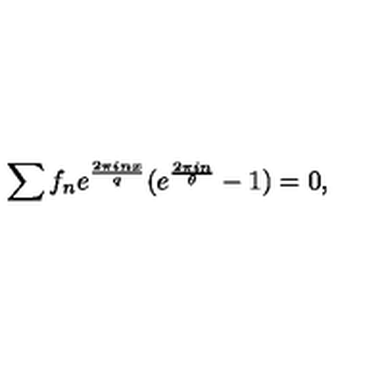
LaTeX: \sum f _ { n } e ^ { \frac { 2 \pi i n x } { q } } ( e ^ { \frac { 2 \pi i n } { \theta } } - 1 ) = 0 ,